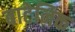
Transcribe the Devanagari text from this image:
बाटेनिक